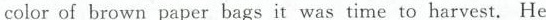
color of brown paper bags it was time to harvest. He